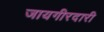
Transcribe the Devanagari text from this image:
जायगीरदारी